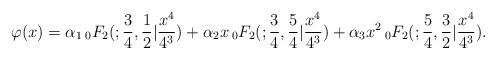
LaTeX: \begin{align*}\varphi(x)=\alpha_1\, \phantom{}_0 F_2(; \frac{3}{4},\frac{1}{2}|\frac{x^4}{4^3})+\alpha_2 x\, \phantom{}_0 F_2(; \frac{3}{4},\frac{5}{4}|\frac{x^4}{4^3})+ \alpha_3 x^2\, \phantom{}_0 F_2(; \frac{5}{4},\frac{3}{2}|\frac{x^4}{4^3}).\end{align*}